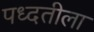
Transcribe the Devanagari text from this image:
पध्दतीला